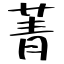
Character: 菁